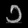
Digit: ၁